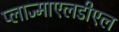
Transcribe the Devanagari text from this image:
प्लाज्माएलडीएल